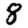
Digit: 8